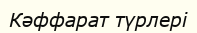
Кәффарат түрлері